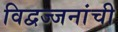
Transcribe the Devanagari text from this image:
विद्वज्जनांची